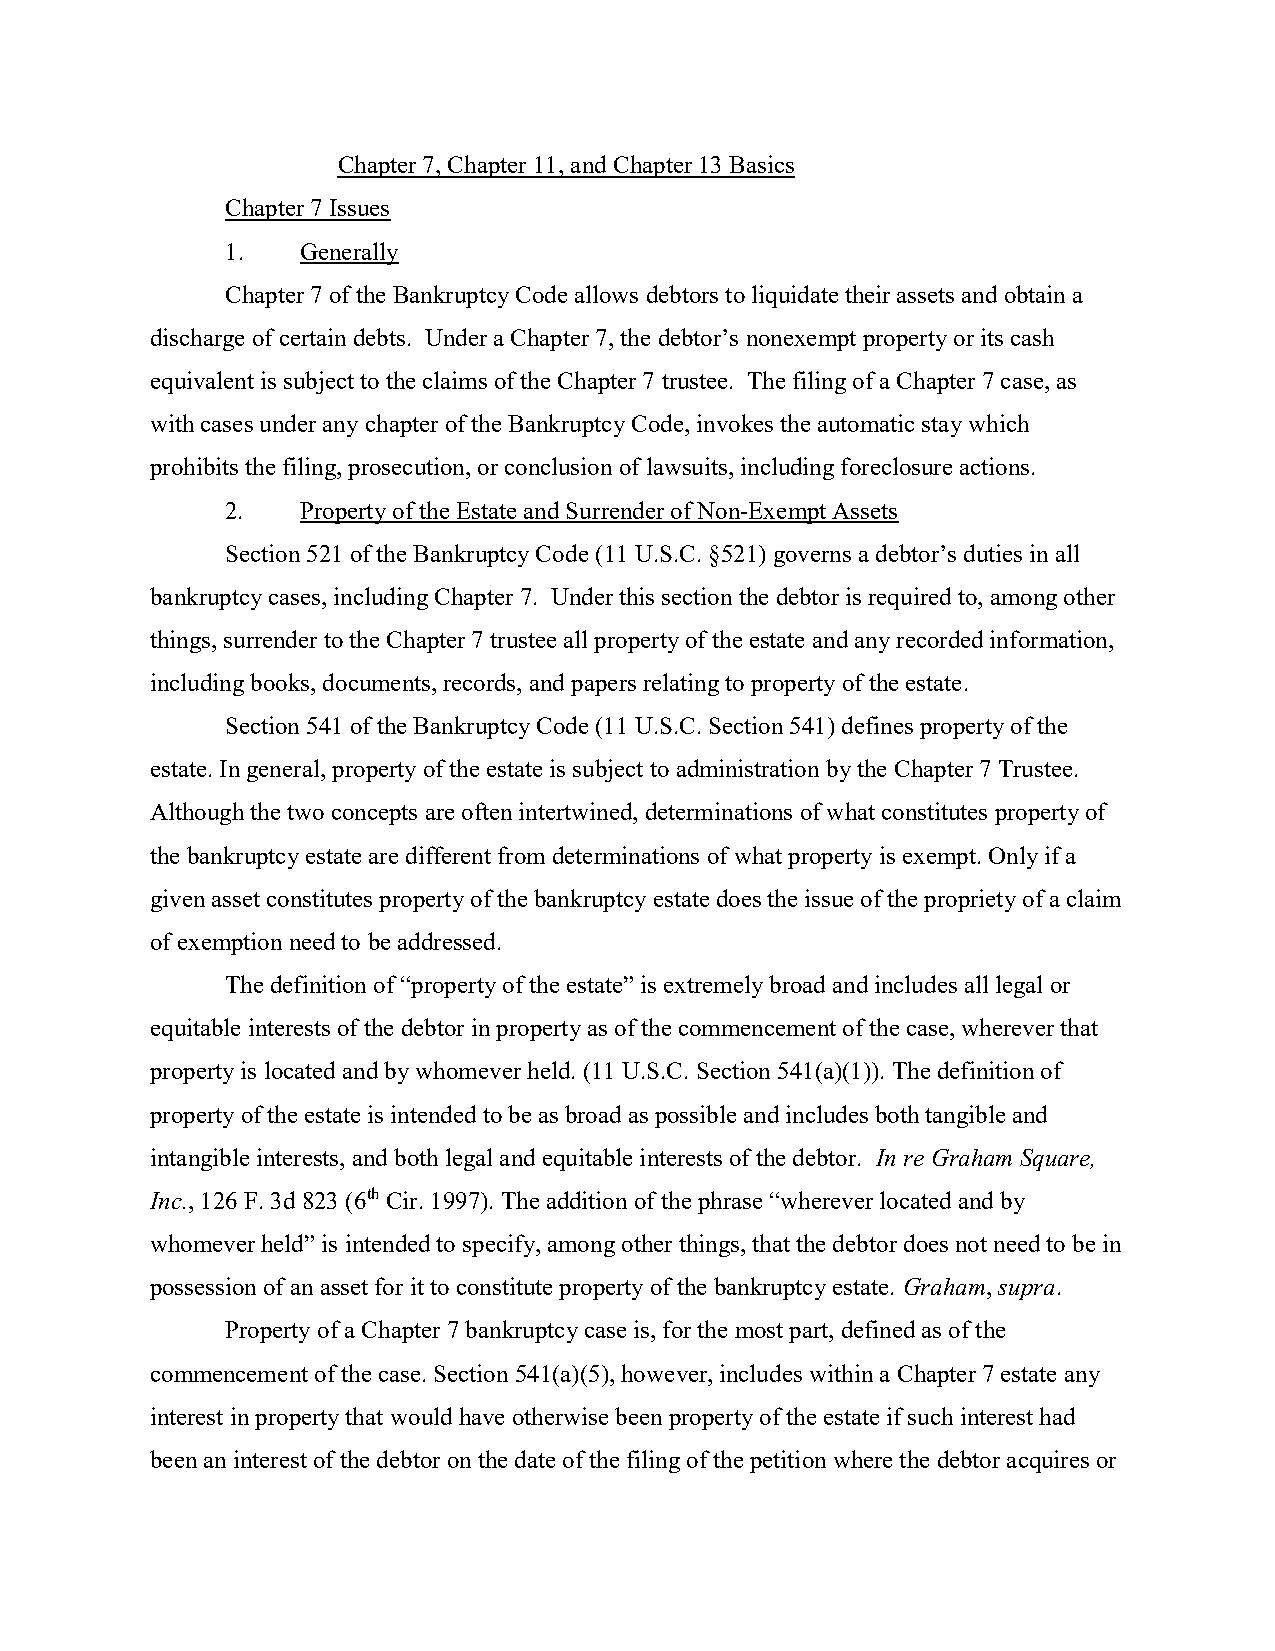
Chapter 7, Chapter 11, and Chapter 13 Basics
 Chapter 7 Issues
 1.   Generally
 Chapter 7 of the Bankruptcy Code allows debtors to liquidate their assets and obtain a
 discharge of certain debts. Under a Chapter 7, the debtor’s nonexempt property or its cash
 equivalent is subject to the claims of the Chapter 7 trustee. The filing of a Chapter 7 case, as
 with cases under any chapter of the Bankruptcy Code, invokes the automatic stay which
 prohibits the filing, prosecution, or conclusion of lawsuits, including foreclosure actions.
 2.   Property of the Estate and Surrender of Non-Exempt Assets
 Section 521 of the Bankruptcy Code (11 U.S.C. §521) governs a debtor’s duties in all
 bankruptcy cases, including Chapter 7. Under this section the debtor is required to, among other
 things, surrender to the Chapter 7 trustee all property of the estate and any recorded information,
 including books, documents, records, and papers relating to property of the estate.
 Section 541 of the Bankruptcy Code (11 U.S.C. Section 541) defines property of the
 estate. In general, property of the estate is subject to administration by the Chapter 7 Trustee.
 Although the two concepts are often intertwined, determinations of what constitutes property of
 the bankruptcy estate are different from determinations of what property is exempt. Only if a
 given asset constitutes property of the bankruptcy estate does the issue of the propriety of a claim
 of exemption need to be addressed.
 The definition of “property of the estate” is extremely broad and includes all legal or
 equitable interests of the debtor in property as of the commencement of the case, wherever that
 property is located and by whomever held. (11 U.S.C. Section 541(a)(1)). The definition of
 property of the estate is intended to be as broad as possible and includes both tangible and
 intangible interests, and both legal and equitable interests of the debtor. In re Graham Square,
 Inc., 126 F. 3d 823 (6th Cir. 1997). The addition of the phrase “wherever located and by
 whomever held” is intended to specify, among other things, that the debtor does not need to be in
 possession of an asset for it to constitute property of the bankruptcy estate. Graham, supra.
 Property of a Chapter 7 bankruptcy case is, for the most part, defined as of the
 commencement of the case. Section 541(a)(5), however, includes within a Chapter 7 estate any
 interest in property that would have otherwise been property of the estate if such interest had
 been an interest of the debtor on the date of the filing of the petition where the debtor acquires or